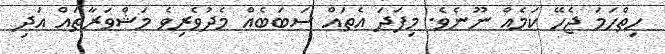
ހިތްހަމަ ޖެހޭ ކަމެއް ނޫނެވެ. މިފަދަ އެތައް ސަބަބެއް މެދުވެރިވެ މަޝްވަރާތައް އަދި